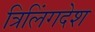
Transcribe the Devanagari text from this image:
त्रिलिंगदेश